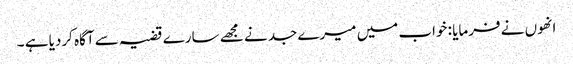
انھوں نے فرمایا : خواب میں میرے جد نے مجھے سارے قضیہ سے آگاہ کردیا ہے ۔